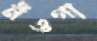
নঁওগা